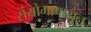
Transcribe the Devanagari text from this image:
संयोगापासून